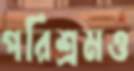
পরিশ্রমও